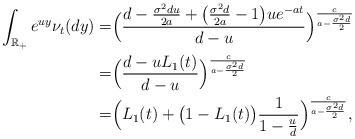
\begin{align*} \int_{\mathbb{R}_+}e^{uy}\nu_t(dy)= &\Big (\frac{d-\frac{\sigma^2du}{2a}+\big(\frac{\sigma^2d}{2a}-1\big)ue^{-at}}{d-u}\Big )^{\frac{c}{a-\frac{\sigma^2d}{2}}} \\= &\Big (\frac{d-uL_1(t)}{d-u}\Big )^{\frac{c}{a-\frac{\sigma^2d}{2}}} \\=& \Big( L_1(t)+\big(1-L_1(t)\big) \frac{1}{1-\frac{u}{d}} \Big)^{\frac{c}{a-\frac{\sigma^2d}{2}}},\end{align*}